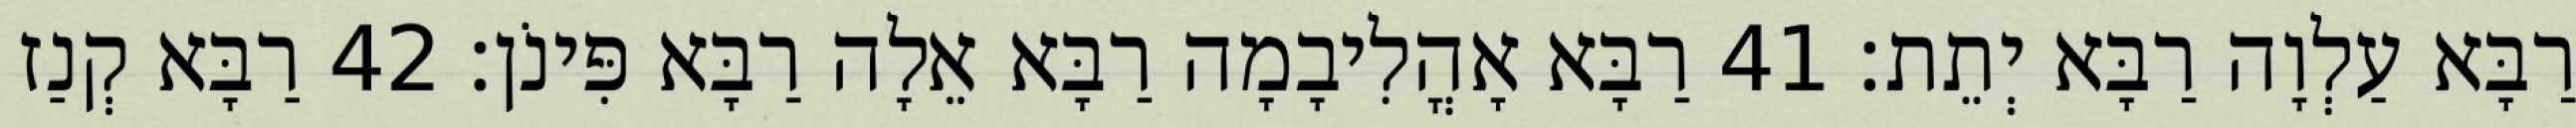
רַבָּא עַלְוָה רַבָּא יְתֵת׃ 41 רַבָּא אָהֳלִיבָמָה רַבָּא אֵלָה רַבָּא פִּינֹן׃ 42 רַבָּא קְנַז